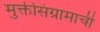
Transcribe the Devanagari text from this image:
मुक्तीसंग्रामाची